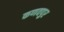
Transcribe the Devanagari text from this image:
कणवपुर